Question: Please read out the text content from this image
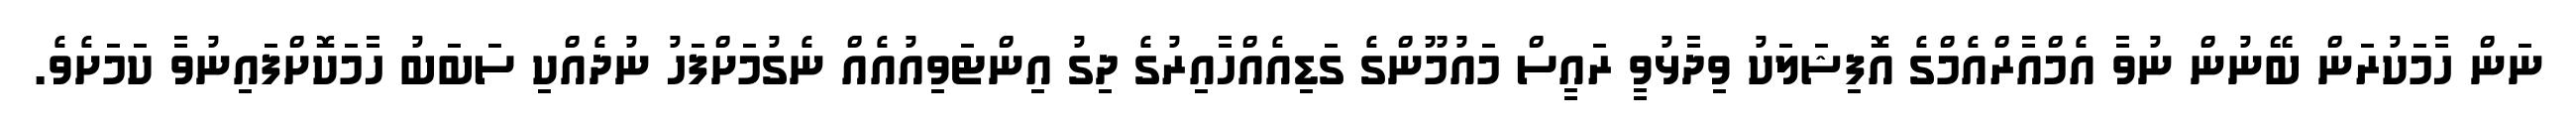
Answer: ނަން ހާމަކުރަން ބޭނުން ނުވާ އެމްއާރްއެމްގެ އޮފިޝަލަކު ވިދާޅުވީ ރައީސް މައުމޫންގެ ގަޑިއެއްހާއިރުގެ ދިގު އިންޓަވިއުއެއް ނެގުމަށްފަހު ނުދެއްކި ސަބަބު ހާމަކޮށްފައިނުވާ ކަމަށެވެ.